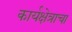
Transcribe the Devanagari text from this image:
कार्यक्षेत्राचा